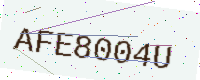
Text: AFE8004U